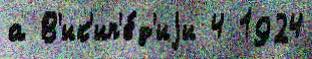
а В'ик'ип'е́д'иjи 4 1924